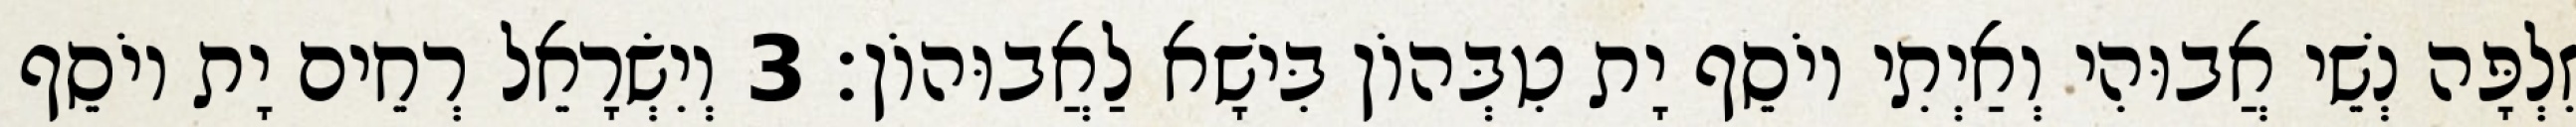
זִלְפָּה נְשֵׁי אֲבוּהִי וְאַיְתִי יוֹסֵף יָת טִבְּהוֹן בִּישָׁא לַאֲבוּהוֹן׃ 3 וְיִשְׂרָאֵל רְחֵים יָת יוֹסֵף